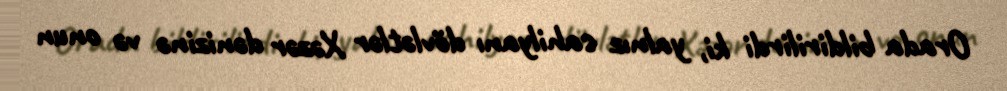
Orada bildirilirdi ki, yalnız sahilyanı dövlətlər Xəzər dənizinə və onun